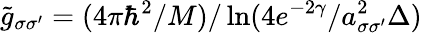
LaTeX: \tilde{g}_{\sigma\sigma^{\prime}}=(4\pi\hbar^{2}/M)/\ln(4e^{-2\gamma}/a_{\sigma\sigma^{\prime}}^{2}\Delta)